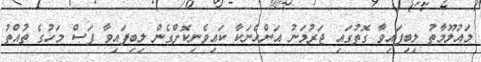
މައުލޫމާތު ލިބިފައިވާ ގޮތުގައި ޖަރުމަނު އަންހެނަކާ ކައިވެނިކޮށްގެން ލިބިފައިވާ ފަސް މަހުގެ ތުއްތު